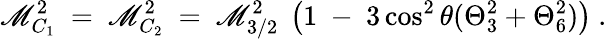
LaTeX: \mathscr{M}_{C_{1}}^{2}\ =\ \mathscr{M}_{C_{2}}^{2}\ =\ \mathscr{M}_{3/2}^{2}\ \left(1\ -\ 3\cos^{2}\theta(\Theta_{3}^{2}+\Theta_{6}^{2})\right)\ .